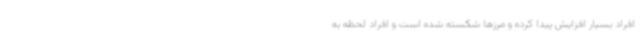
افراد بسیار افزایش پیدا کرده و مرزها شکسته شده است و افراد لحظه به